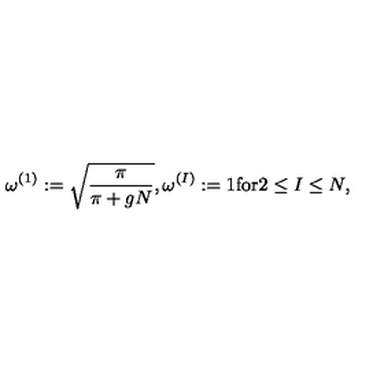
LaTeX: \omega ^ { ( 1 ) } : = \sqrt { \frac { \pi } { \pi + g N } } , \omega ^ { ( I ) } : = 1 \mathrm { f o r } 2 \leq I \leq N ,